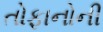
તોફાનોની